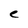
Character: C